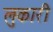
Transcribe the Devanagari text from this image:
लुकारी